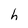
Character: h